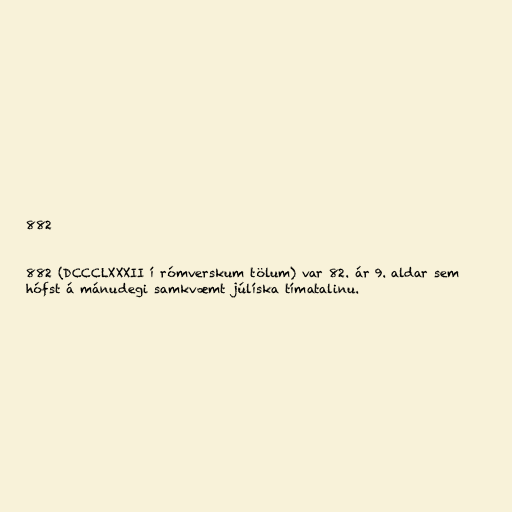
882

882 (DCCCLXXXII í rómverskum tölum) var 82. ár 9. aldar sem
hófst á mánudegi samkvæmt júlíska tímatalinu.